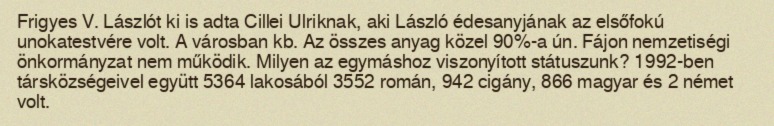
Frigyes V. Lászlót ki is adta Cillei Ulriknak, aki László édesanyjának az elsőfokú unokatestvére volt. A városban kb. Az összes anyag közel 90%-a ún. Fájon nemzetiségi önkormányzat nem működik. Milyen az egymáshoz viszonyított státuszunk? 1992-ben társközségeivel együtt 5364 lakosából 3552 román, 942 cigány, 866 magyar és 2 német volt.